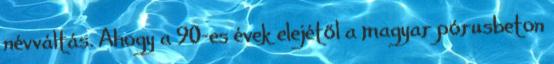
névváltás. Ahogy a 90-es évek elejétől a magyar pórusbeton